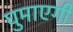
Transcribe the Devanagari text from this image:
घुमाएगी